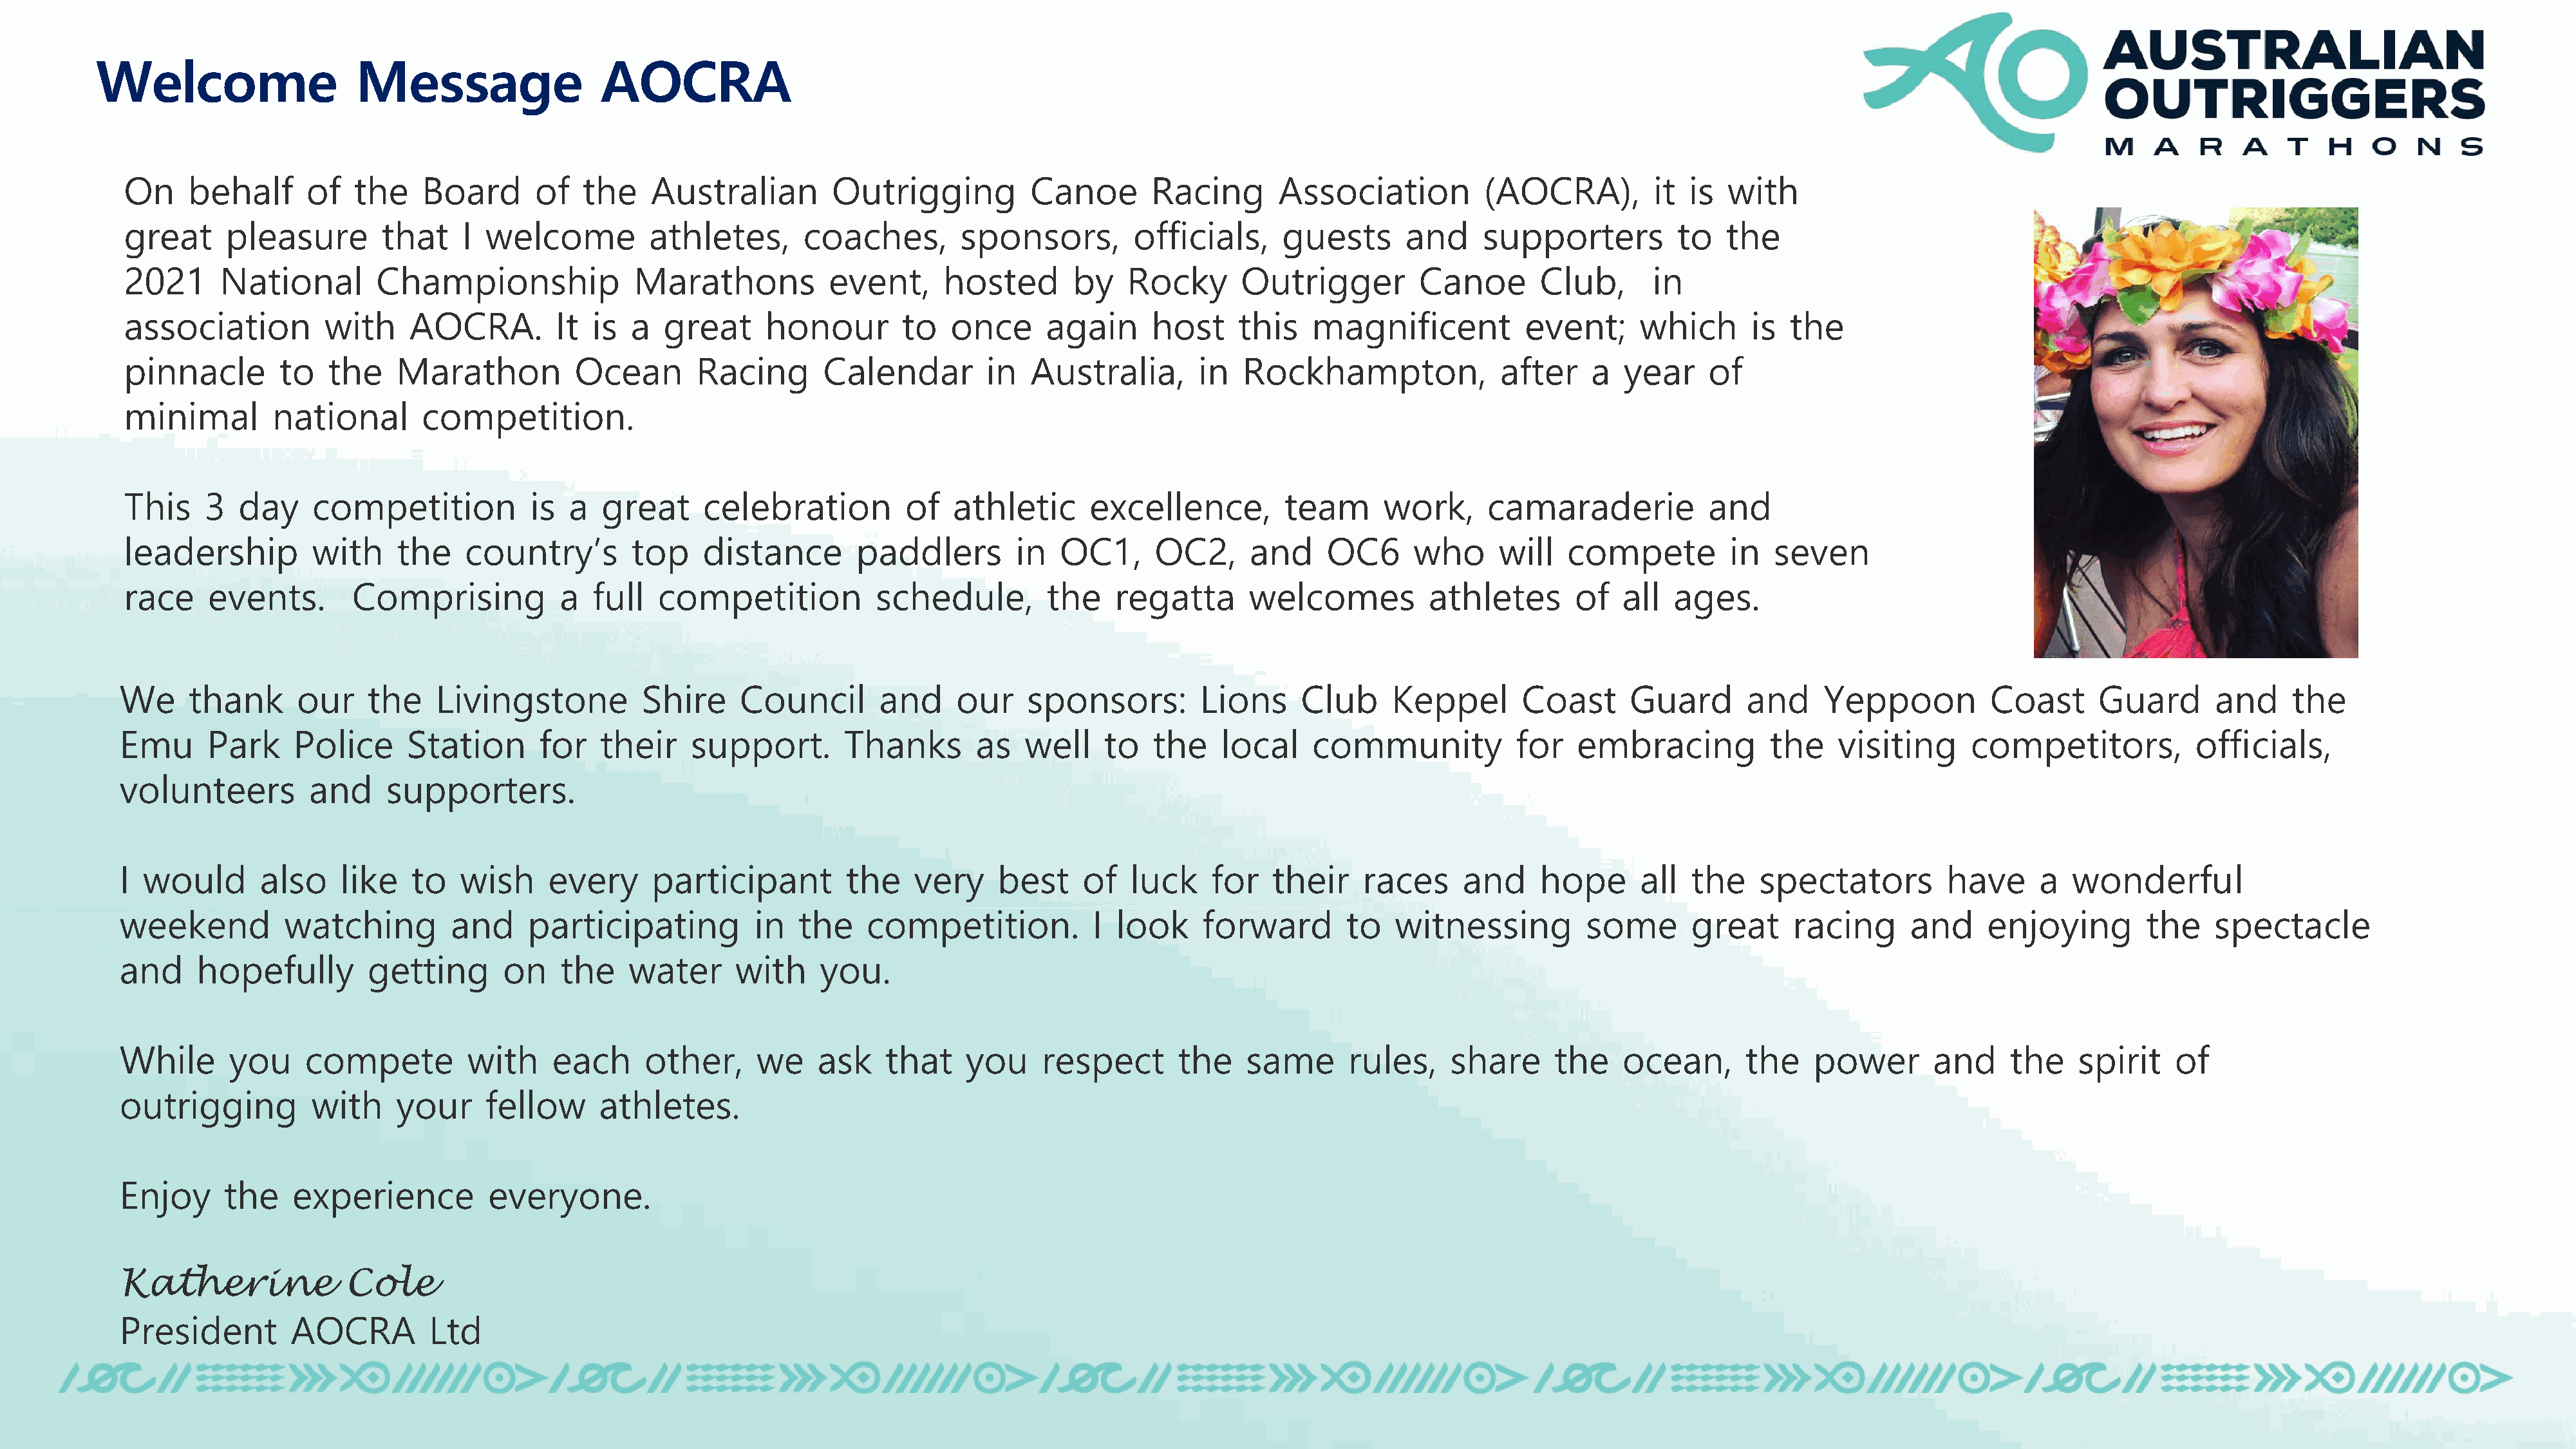
Welcome                    Message                  AOCRA
 On    behalf      of   the    Board       of   the    Australian         Outrigging          Canoe       Racing       Association           (AOCRA),         it  is  with
 great     pleasure        that    I  welcome          athletes,       coaches,        sponsors,        officials,      guests      and     supporters          to   the
 2021      National        Championship              Marathons           event,      hosted       by    Rocky       Outrigger         Canoe       Club,       in
 association         with     AOCRA.         It  is  a  great      honour        to   once      again     host     this    magnificent           event;      which      is  the
 pinnacle        to   the    Marathon          Ocean        Racing       Calendar        in   Australia,       in   Rockhampton,              after     a  year     of
 minimal        national       competition.
 This    3   day    competition           is  a   great     celebration          of   athletic      excellence,         team      work,      camaraderie            and
 leadership         with     the    country’s        top    distance        paddlers        in   OC1,      OC2,     and     OC6      who      will   compete          in  seven
 race    events.        Comprising            a  full   competition           schedule,         the    regatta      welcomes           athletes       of   all  ages.
 We     thank       our    the    Livingstone          Shire     Council       and     our     sponsors:        Lions      Club     Keppel       Coast       Guard       and    Yeppoon           Coast      Guard       and     the
 Emu      Park     Police      Station      for    their    support.        Thanks       as   well    to   the     local    community            for   embracing           the    visiting      competitors,           officials,
 volunteers          and     supporters.
 I  would       also    like   to   wish     every      participant         the    very     best    of   luck     for   their    races     and     hope       all  the    spectators         have      a  wonderful
 weekend          watching         and     participating           in  the    competition.           I  look     forward       to   witnessing          some       great     racing      and     enjoying         the    spectacle
 and     hopefully         getting       on    the    water      with    you.
 While       you    compete          with     each     other,      we    ask    that    you     respect       the    same       rules,    share      the    ocean,      the    power        and     the    spirit    of
 outrigging          with     your     fellow      athletes.
 Enjoy      the    experience          everyone.
 Katherine               Cole
 President         AOCRA         Ltd